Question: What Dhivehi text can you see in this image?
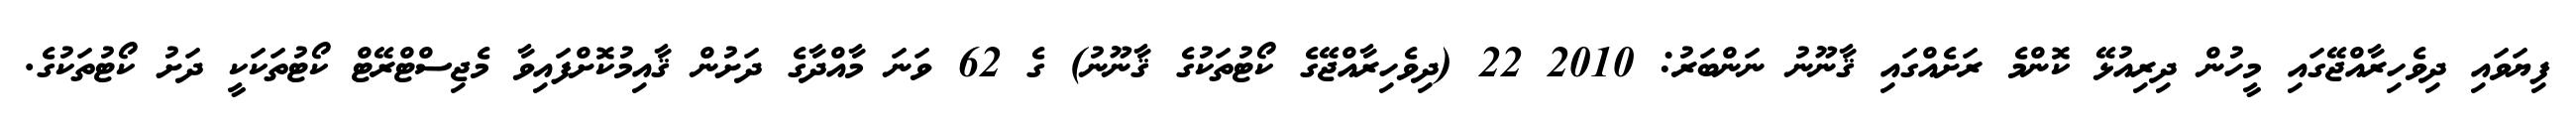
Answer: ފިޔަވައި ދިވެހިރާއްޖޭގައި މީހުން ދިރިއުޅޭ ކޮންމެ ރަށެއްގައި ޤާނޫނު ނަންބަރު: 2010 22 (ދިވެހިރާއްޖޭގެ ކޯޓުތަކުގެ ޤާނޫނު) ގެ 62 ވަނަ މާއްދާގެ ދަށުން ޤާއިމުކޮށްފައިވާ މެޖިސްޓްރޭޓް ކޯޓުތަކަކީ ދަށު ކޯޓުތަކުގެ.